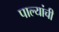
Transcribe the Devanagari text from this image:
पाल्यांची